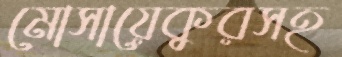
মোসায়েকুরসহ